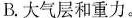
B.大气层和重力。